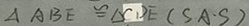
\Delta A B E \cong \Delta C D E ( S A \cdot S )